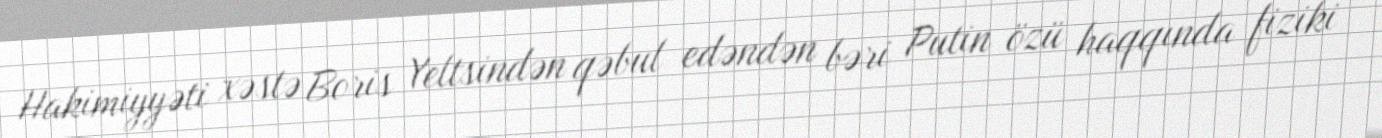
Hakimiyyəti xəstə Boris Yeltsindən qəbul edəndən bəri Putin özü haqqında fiziki